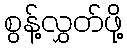
စွန့်လွှတ်ဖို့